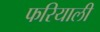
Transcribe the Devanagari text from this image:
फरियाली